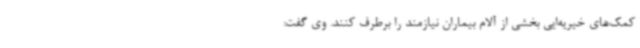
کمک‌های خیریه‌ایی بخشی از آلام بیماران نیازمند را برطرف کنند. وی گفت: